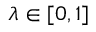
\lambda \in [ 0 , 1 ]